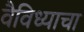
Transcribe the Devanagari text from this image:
वैविध्याचा